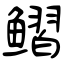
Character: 鳛